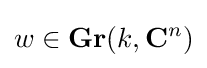
w\in \mathbf {Gr} (k,\mathbf {C} ^{n})